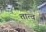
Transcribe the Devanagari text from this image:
तात्व